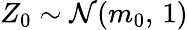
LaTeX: Z_{0}\sim\mathcal{N}(m_{0},\, 1)